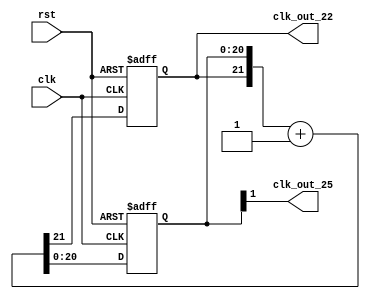
`timescale 1ns / 1ps
//////////////////////////////////////////////////////////////////////////////////
// Company: 
// Engineer: 
// 
// Design Name: 
// Module Name: Clk_22
// Project Name: 
// Target Devices: 
// Tool Versions: 
// Description: 
// 
// Dependencies: 
// 
// Revision:
// Revision 0.01 - File Created
// Additional Comments:
// 
//////////////////////////////////////////////////////////////////////////////////


module Clk_22(clk, rst, clk_out_22, clk_out_25);
input clk, rst;
output reg clk_out_22, clk_out_25;

reg [20:0]cnt;

always @(posedge clk or negedge rst) // check pos or neg
    if (~rst)
        {clk_out_22, cnt} <= 0;
    else
        {clk_out_22, cnt} <= {clk_out_22, cnt} + 1;
        
always @*
    clk_out_25 = cnt[1];


endmodule